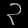
Digit: ၃